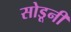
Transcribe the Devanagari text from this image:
सोडूनी